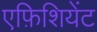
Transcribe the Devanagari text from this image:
एफ़िशियेंट